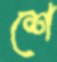
শে